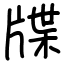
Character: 牒